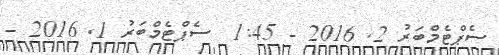
ސެޕްޓެމްބަރު 2